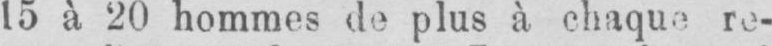
15 à 20 hommes de plus à chaque re-